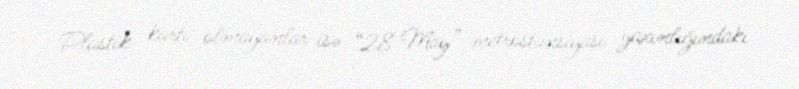
Plastik kartı olmayanlar isə “28 May” metrostansiyası yaxınlığındakı